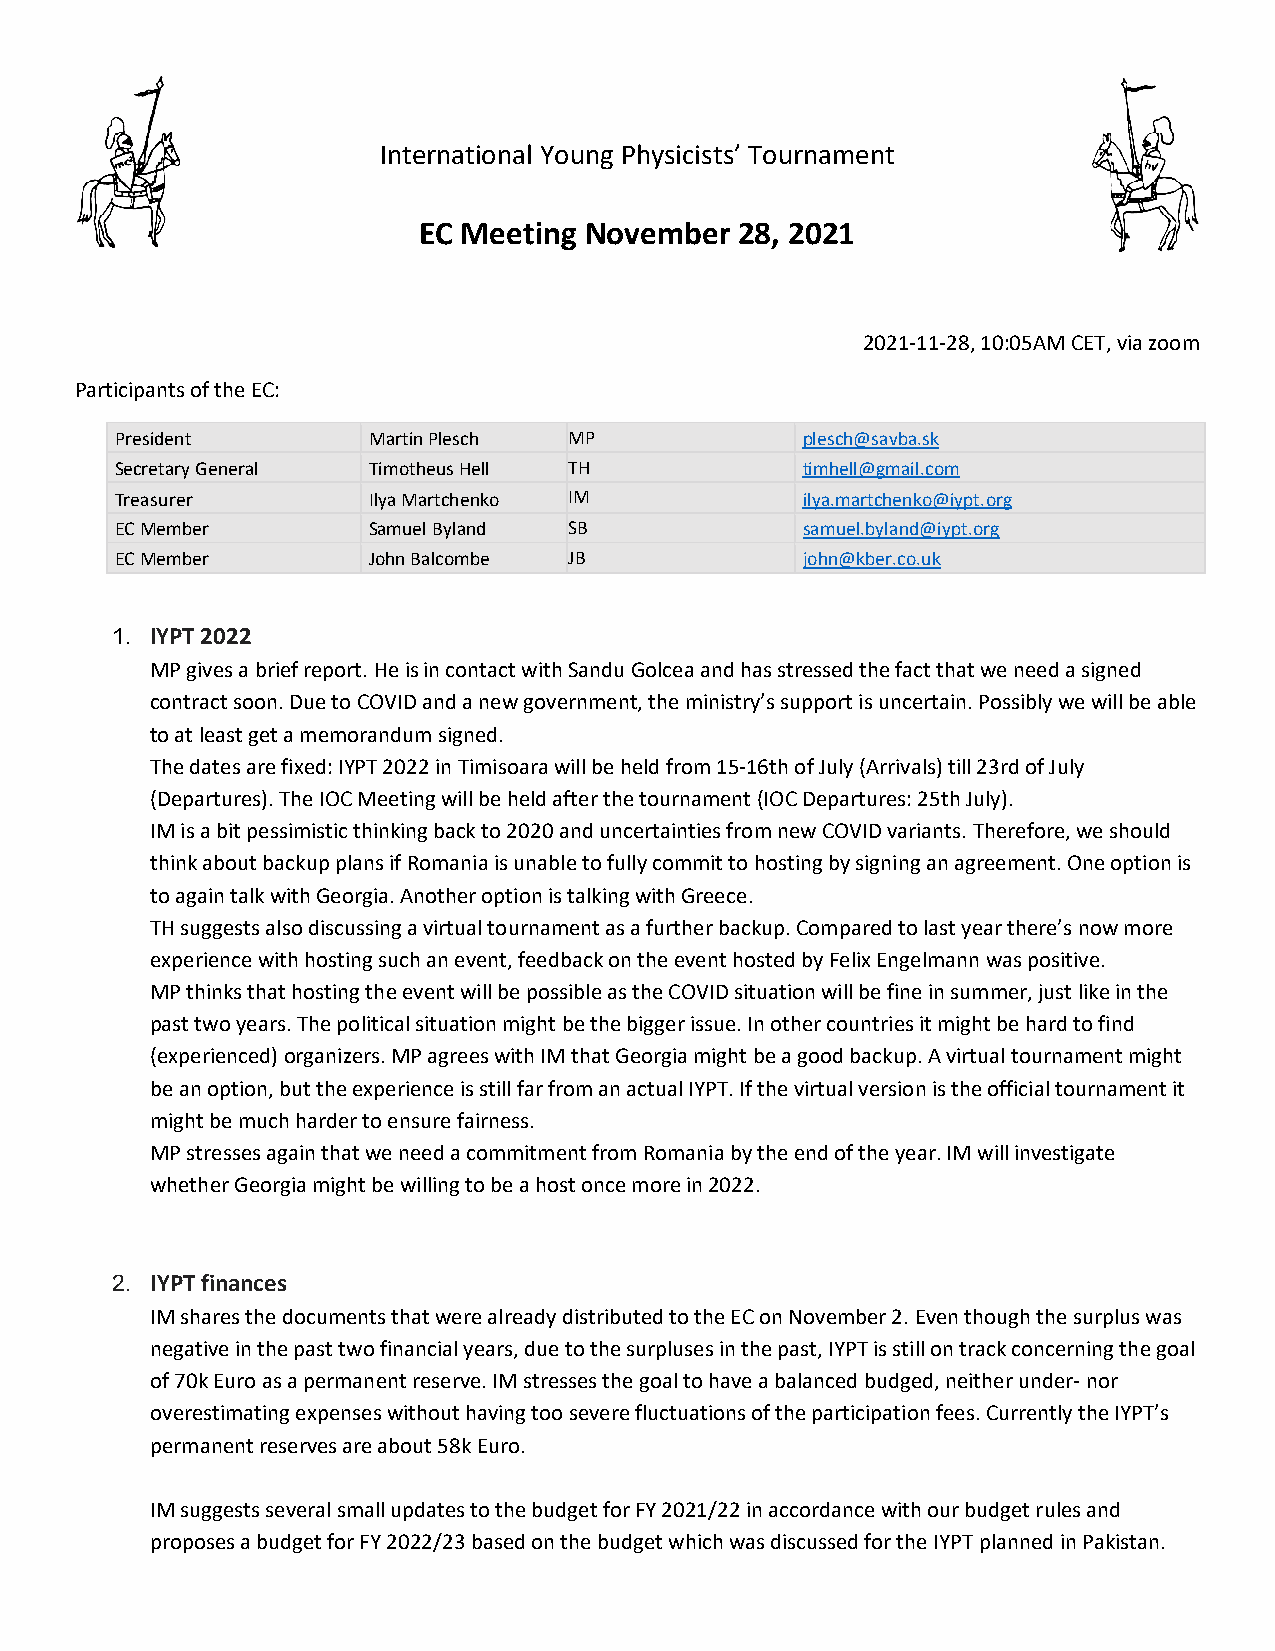
International Young Physicists’ Tournament
 EC Meeting November  28, 2021
 2021-11-28, 10:05AM CET, via zoom
 Participants of the EC:
 President       Martin Plesch MP             plesch@savba.sk
 Secretary General Timotheus Hell TH          timhell@gmail.com
 Treasurer       Ilya Martchenko IM           ilya.martchenko@iypt.org
 EC Member       Samuel Byland SB             samuel.byland@iypt.org
 EC Member       John Balcombe JB             john@kber.co.uk
 1. IYPT 2022
 MP gives a brief report. He is in contact with Sandu Golcea and has stressed the fact that we need a signed
 contract soon. Due to COVID and a new government, the ministry’s support is uncertain. Possibly we will be able
 to at least get a memorandum signed.
 The dates are fixed: IYPT 2022 in Timisoara will be held from 15-16th of July (Arrivals) till 23rd of July
 (Departures). The IOC Meeting will be held after the tournament (IOC Departures: 25th July).
 IM is a bit pessimistic thinking back to 2020 and uncertainties from new COVID variants. Therefore, we should
 think about backup plans if Romania is unable to fully commit to hosting by signing an agreement. One option is
 to again talk with Georgia. Another option is talking with Greece.
 TH suggests also discussing a virtual tournament as a further backup. Compared to last year there’s now more
 experience with hosting such an event, feedback on the event hosted by Felix Engelmann was positive.
 MP thinks that hosting the event will be possible as the COVID situation will be fine in summer, just like in the
 past two years. The political situation might be the bigger issue. In other countries it might be hard to find
 (experienced) organizers. MP agrees with IM that Georgia might be a good backup. A virtual tournament might
 be an option, but the experience is still far from an actual IYPT. If the virtual version is the official tournament it
 might be much harder to ensure fairness.
 MP stresses again that we need a commitment from Romania by the end of the year. IM will investigate
 whether Georgia might be willing to be a host once more in 2022.
 2. IYPT finances
 IM shares the documents that were already distributed to the EC on November 2. Even though the surplus was
 negative in the past two financial years, due to the surpluses in the past, IYPT is still on track concerning the goal
 of 70k Euro as a permanent reserve. IM stresses the goal to have a balanced budged, neither under- nor
 overestimating expenses without having too severe fluctuations of the participation fees. Currently the IYPT’s
 permanent reserves are about 58k Euro.
 IM suggests several small updates to the budget for FY 2021/22 in accordance with our budget rules and
 proposes a budget for FY 2022/23 based on the budget which was discussed for the IYPT planned in Pakistan.